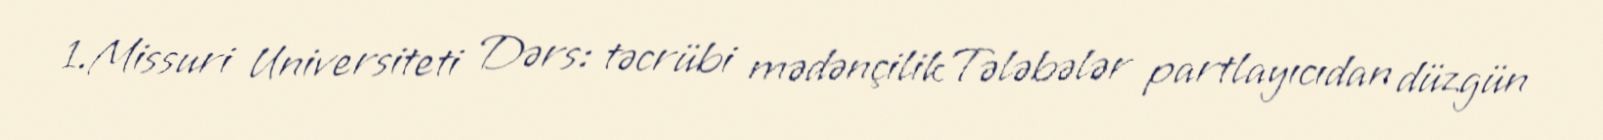
1.Missuri Universiteti Dərs: təcrübi mədənçilikTələbələr partlayıcıdan düzgün